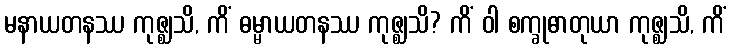
မနာယတနဿ ကုဇ္ဈသိ, ကိံ ဓမ္မာယတနဿ ကုဇ္ဈသိ? ကိံ ဝါ စက္ခုဓာတုယာ ကုဇ္ဈသိ, ကိံ